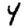
Digit: 4